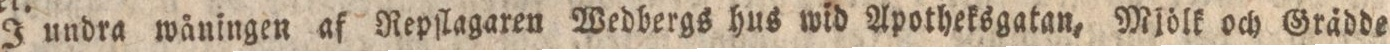
I undra wåningen af Repſlagaren Wedbergs hus wid Apotheksgatan, Mjölk och Grädde